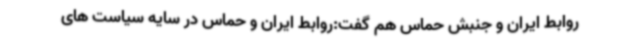
روابط ایران و جنبش حماس هم گفت:روابط ایران و حماس در سایه سیاست های